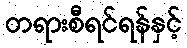
တရားစီရင်ရန်နှင့်